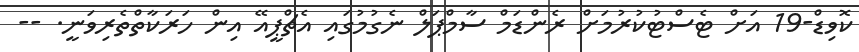
ކޮވިޑް-19 އަށް ޓެސްޓުކުރުމަށް ރެންޑަމް ސާމްޕަލް ނެގުމުގައި އެޗްޕީއޭ އިން ހަރަކާތްތެރިވަނީ. --